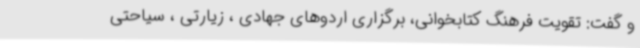
و گفت: تقویت فرهنگ کتابخوانی، برگزاری اردوهای جهادی ، زیارتی ، سیاحتی